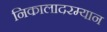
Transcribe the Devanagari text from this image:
निकालादरम्यान